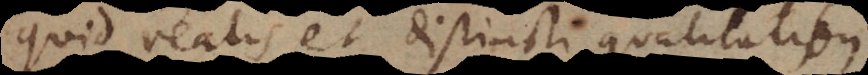
quid realis et distincti qualitatibus